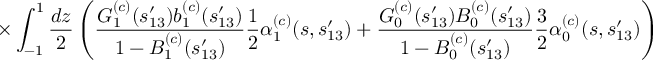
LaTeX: \times \int _ { - 1 } ^ { 1 } \frac { d z } { 2 } \left( \frac { G _ { 1 } ^ { ( c ) } ( s _ { 1 3 } ^ { \prime } ) b _ { 1 } ^ { ( c ) } ( s _ { 1 3 } ^ { \prime } ) } { 1 - B _ { 1 } ^ { ( c ) } ( s _ { 1 3 } ^ { \prime } ) } \frac { 1 } { 2 } { \alpha } _ { 1 } ^ { ( c ) } ( s , s _ { 1 3 } ^ { \prime } ) + \frac { G _ { 0 } ^ { ( c ) } ( s _ { 1 3 } ^ { \prime } ) B _ { 0 } ^ { ( c ) } ( s _ { 1 3 } ^ { \prime } ) } { 1 - B _ { 0 } ^ { ( c ) } ( s _ { 1 3 } ^ { \prime } ) } \frac { 3 } { 2 } { \alpha } _ { 0 } ^ { ( c ) } ( s , s _ { 1 3 } ^ { \prime } ) \right)